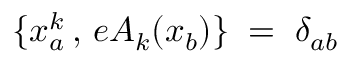
\{ x _ { a } ^ { k } \, , \, e A _ { k } ( x _ { b } ) \} \; = \; \delta _ { a b }